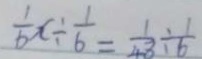
\frac { 1 } { 6 } x \div \frac { 1 } { 6 } = \frac { 1 } { 4 8 } \div \frac { 1 } { 6 }